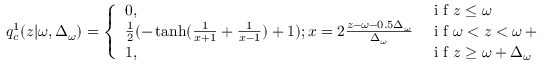
q _ { c } ^ { 1 } ( z | \omega , \Delta _ { \omega } ) = \left\{ \begin{array} { l l } { 0 , } & { \mathrm { ~ i ~ f ~ } z \leq \omega } \\ { \frac { 1 } { 2 } ( - \operatorname { t a n h } ( \frac { 1 } { x + 1 } + \frac { 1 } { x - 1 } ) + 1 ) ; x = 2 \frac { z - \omega - 0 . 5 \Delta _ { \omega } } { \Delta _ { \omega } } } & { \mathrm { ~ i ~ f ~ } \omega < z < \omega + \Delta _ { \omega } } \\ { 1 , } & { \mathrm { ~ i ~ f ~ } z \geq \omega + \Delta _ { \omega } } \end{array} \right. \mathrm { ~ , ~ }